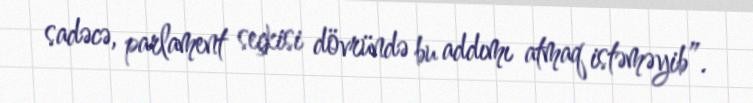
sadəcə, parlament seçkisi dövründə bu addımı atmaq istəməyib”.